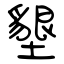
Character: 墾